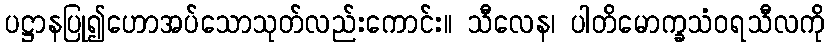
ပဋ္ဌာနပြု၍ဟောအပ်သောသုတ်လည်းကောင်း။ သီလေန၊ ပါတိမောက္ခသံဝရသီလကို